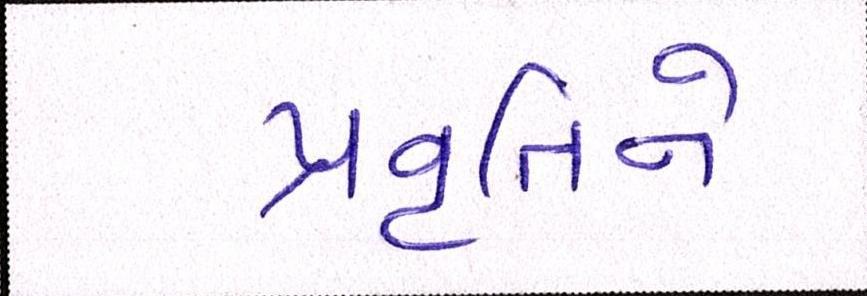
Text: પ્રવૃતિને